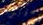
جونس